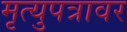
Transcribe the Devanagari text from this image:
मृत्युपत्रावर